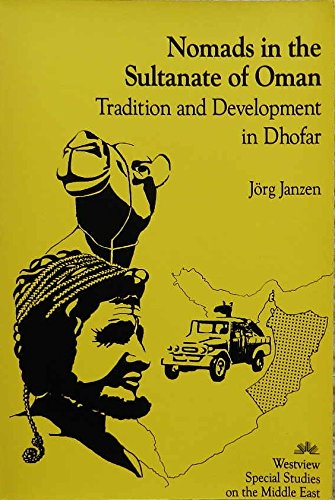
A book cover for Nomads in the Sultanate of Oman: Tradition and Development in Dhofar (Westview Special Studies on the Middle East); Jorg Janzen; History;